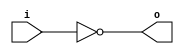
module invert (input wire i, output wire o);
   assign o = !i;
endmodule